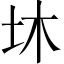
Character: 𡉿